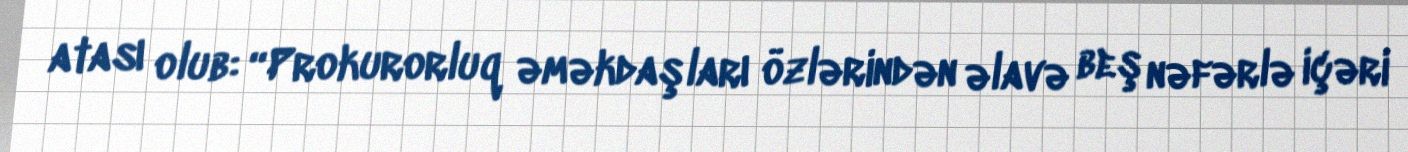
atası olub: “Prokurorluq əməkdaşları özlərindən əlavə beş nəfərlə içəri